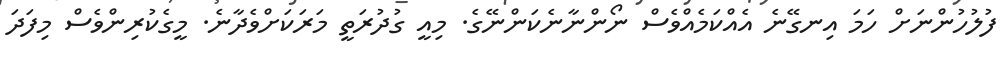
ފުލުހުންނަށް ހަމަ އިނގޭނެ އެއްކަމެއްވެސް ނޯންނާނެކަންނޭގެ. މިއީ ގުދުރަތީ މަރަކަށްވެދާނެ. މީގެކުރިންވެސް މިފަދަ